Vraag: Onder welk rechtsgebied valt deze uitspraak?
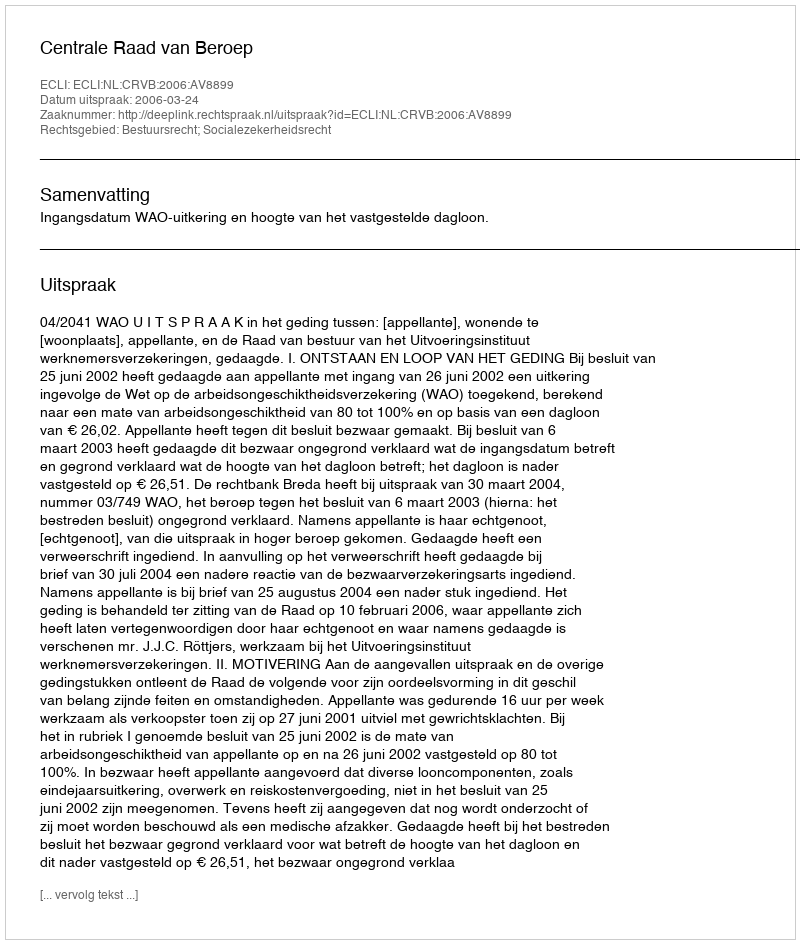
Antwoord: Bestuursrecht; Socialezekerheidsrecht